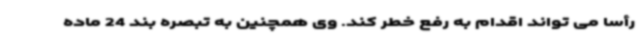
رأسا می تواند اقدام به رفع خطر کند. وی همچنین به تبصره بند 24 ماده